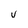
Character: V